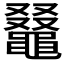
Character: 𪓭